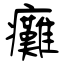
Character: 癱